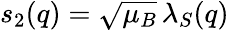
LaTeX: s_{2}(q)=\sqrt{\mu_{B}}\, \lambda_{S}(q)